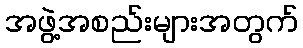
အဖွဲ့အစည်းများအတွက်